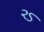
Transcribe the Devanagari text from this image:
२ऽ